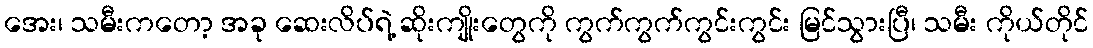
အေး၊ သမီးကတော့ အခု ဆေးလိပ်ရဲ့ ဆိုးကျိုးတွေကို ကွက်ကွက်ကွင်းကွင်း မြင်သွားပြီ၊ သမီး ကိုယ်တိုင်